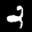
Label: 2